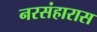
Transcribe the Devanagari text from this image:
नरसंहारास